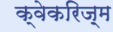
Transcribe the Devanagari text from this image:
क्वेकरिज़्म